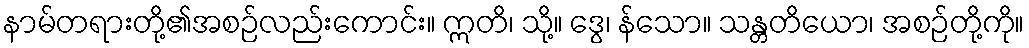
နာမ်တရားတို့၏အစဉ်လည်းကောင်း။ ဣတိ၊ သို့။ ဒွေ၊ န်သော။ သန္တတိယော၊ အစဉ်တို့ကို။